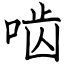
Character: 啮